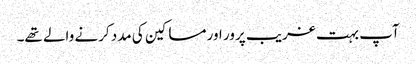
آپ بہت غریب پرور اور مساکین کی مدد کرنے والے تھے۔